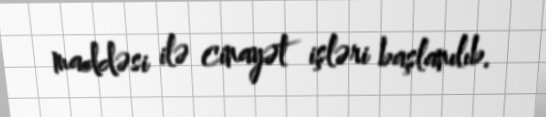
maddəsi ilə cinayət işləri başlanılıb.